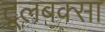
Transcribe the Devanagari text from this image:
टूलबक्सा